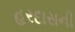
હરદાસની